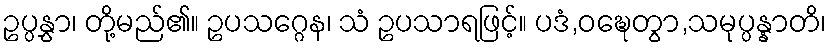
ဥပ္ပနွှာ၊ တို့မည်၏။ ဥပသဂ္ဂေန၊ သံ ဥပသာရဖြင့်။ ပဒံ,ဝဍ္ဎေတွာ,သမုပ္ပန္နာတိ၊